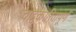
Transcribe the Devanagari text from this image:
चाटुकारितापूर्ण